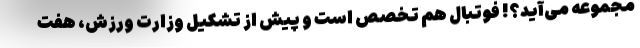
مجموعه می‌آید؟! فوتبال هم تخصص است و پیش از تشکیل وزارت ورزش، هفت